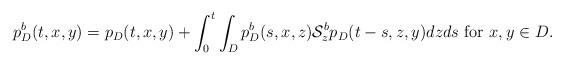
\begin{align*}p^{b}_{D}(t, x,y)=p_{D}(t, x,y)+\int_0^t \int_{D} p^{b}_{D}(s, x,z)\mathcal{S}^{b}_{z} p_{D}(t-s, z,y)dz ds\mbox{ for }x,y\in D .\end{align*}